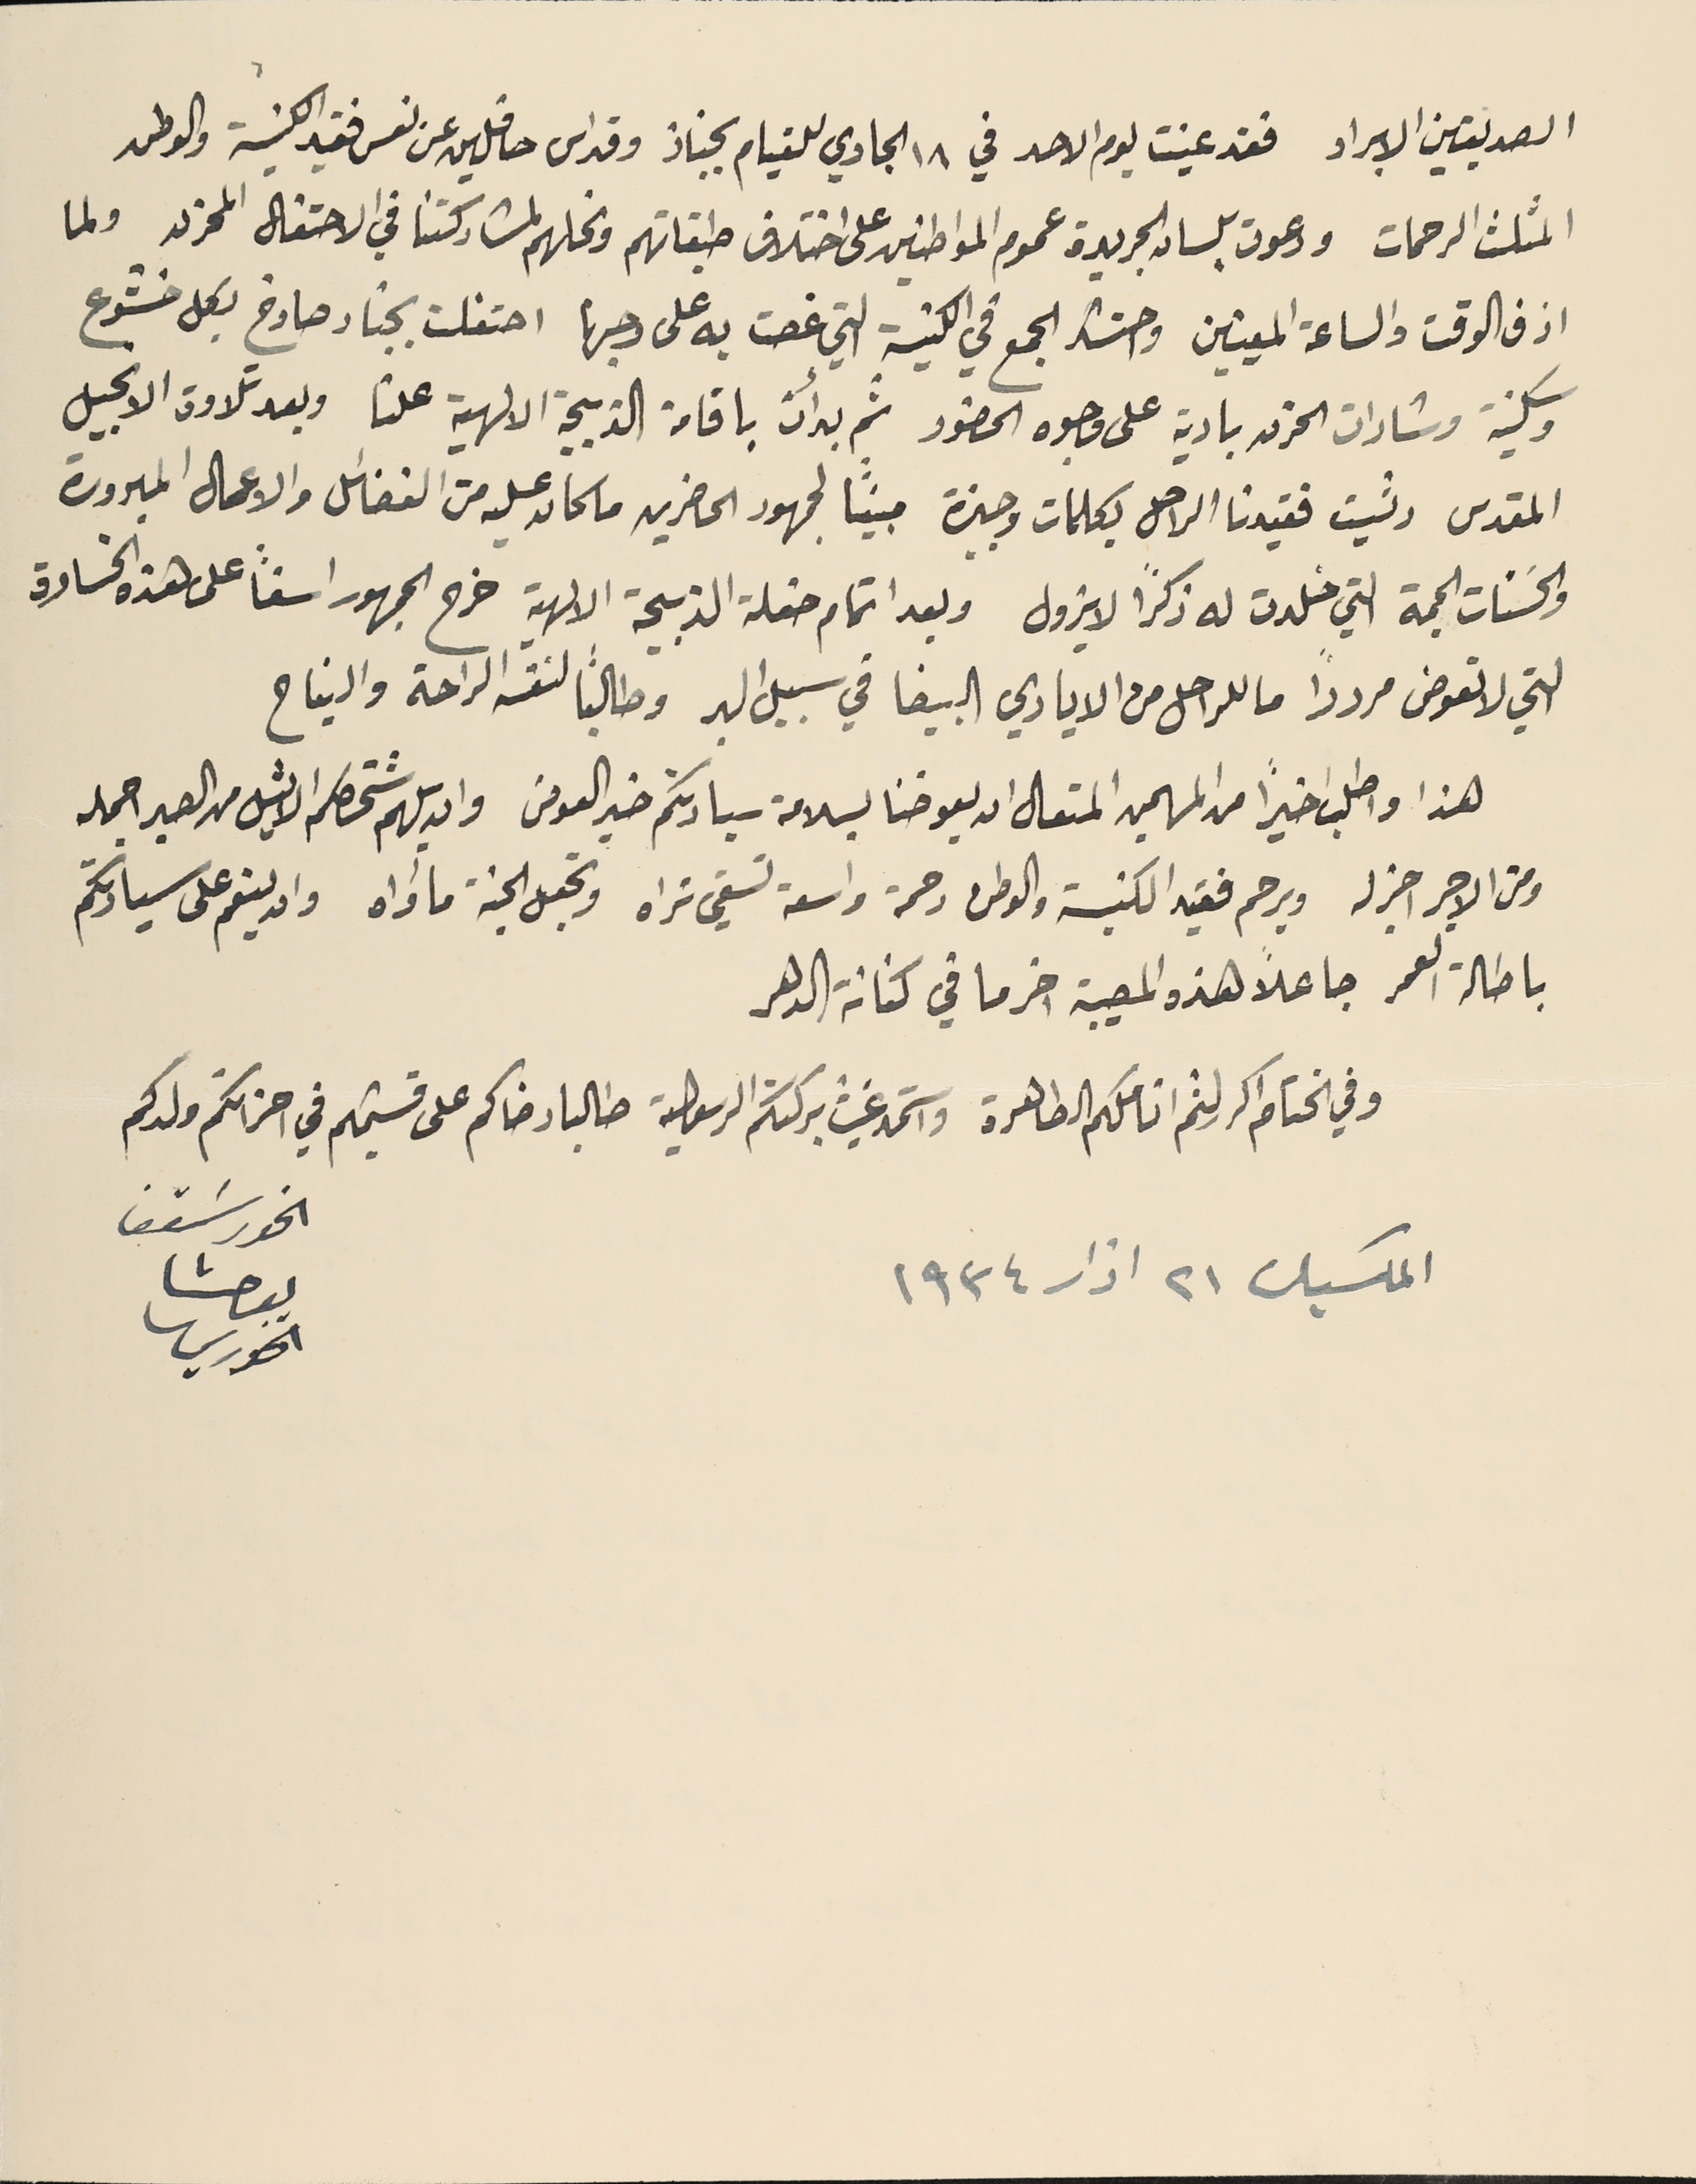
الصديقين الابرار فقد عينت يوم الاحد في ١٨ الجاري للقيام بجناز وقداس حافلين عن نفس فقيد الكنيسة والوطن
المثلث الرحمات ودعوت بلسان الجريدة عموم المواطنين على اختلاف طبقاتهم ونحلهم لمشاركتنا في الاحتفال المحزن ولما
ازف الوقت والساعة المعينين واحتشد الجمع في الكنيسَة التي غصت به على وجها احتفلت بجناز صارخ بكل خشوع
وسكينَة وشارات الحزن بادية على وجوه الحضور ثم بدأت باقامة الذبيحة الالهية علنا وبعد تلاوة الانجيل
المقدس رثيت فقيدنا الراحل بكلمات وجيزة مبيناً لجمهور الحاضرين ما كان عليه من الفضائل والاعمال المبرورة
والحسَنات الجمة التي خلدت له ذكراً لا يزول وبعد اتمام حفلة الذبيحة الالهية خرج الجمهور اسفاً على هذه الخسارة
التي لا تعوض مرددًا ما للراحل من الايادي البيضا في سبيل البر وطالبًا لنفسه الراحة والنياح
هذا واطلب اخيراً من المهيمن المتعالى ان يعوضنا بسلامة سيادتكم خير العوض وان يلهم شخصكم الامثل من الصبر اجمله
ومن الاجر اجزله ويرحم فقيد الكنيسَة والوطن رحمة واسعة تسَقي تراه وتجعل الجنة مأواه وان ينعم على سيادتكم
باطالة العمر جاعلاً هذه المصيبة اخر ما في كنانة الدهر
وفي الختام اكرر لثم اناملكم الطاهرة واسَتمد غيث بركتكم الرسولية طالبا رضاكم على قسيمكم في احزانكم ولدكم
 المكسيك ٢١ اذار ١٩٣٤
الخوراسقف
يوحنا
الخوري